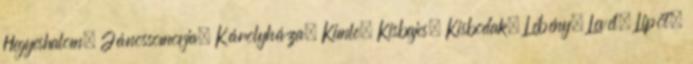
Hegyeshalom, Jánossomorja, Károlyháza, Kimle, Kisbajcs, Kisbodak, Lébény, Levél, Lipót,